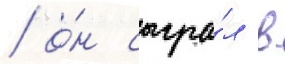
/ о́н сыгра́л в